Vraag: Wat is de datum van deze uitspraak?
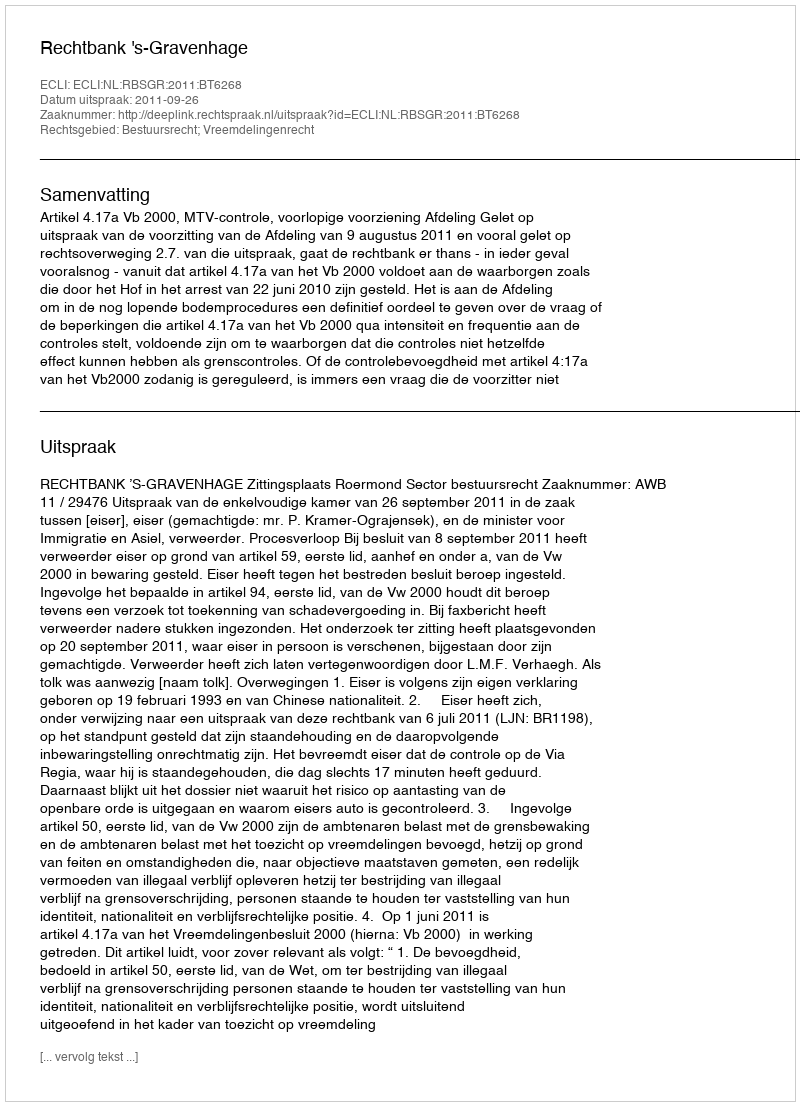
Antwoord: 2011-09-26